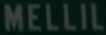
MELLIL